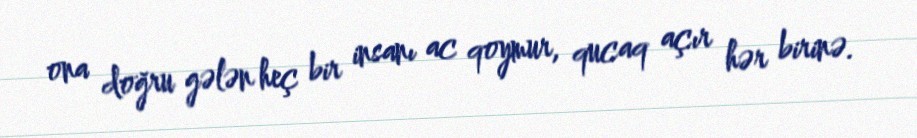
ona doğru gələn heç bir insanı ac qoymur, qucaq açır hər birinə.